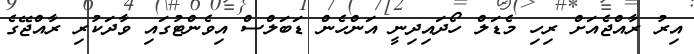
އިރު ރާއްޖެއަށް ރިހި މެޑަލް ހޯދައިދިނީ އަންހެން ޑަބަލްސް އިވެންޓުގައި ވާދަކުރި ރާއްޖޭގެ